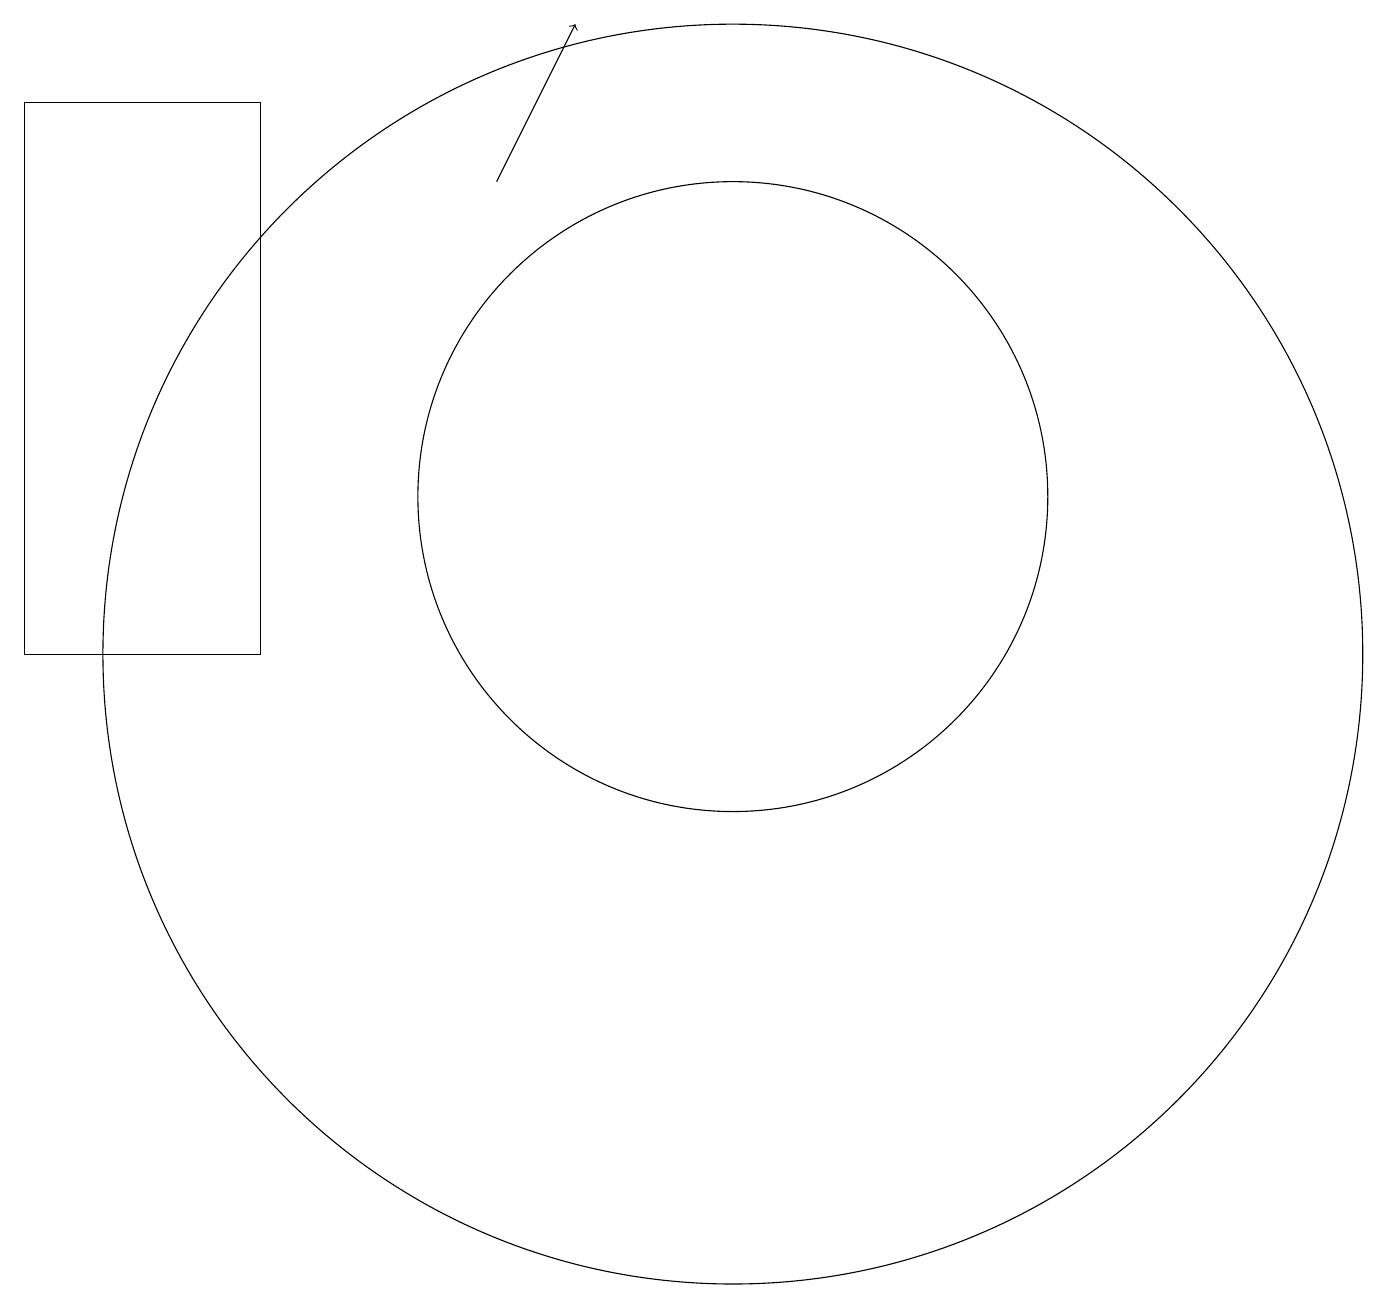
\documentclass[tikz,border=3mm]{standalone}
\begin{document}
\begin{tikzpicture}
\draw[->] (8,16) -- (9,18);
\draw (11,10) circle (8);
\draw (11,12) circle (4);
\draw (2,10) rectangle (5,17);
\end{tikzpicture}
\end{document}